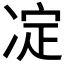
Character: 𠗞